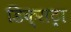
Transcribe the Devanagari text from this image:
डिक्सट्रा